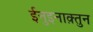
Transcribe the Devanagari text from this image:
ईनुइनाक़्तुन